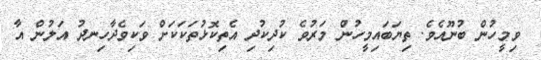
ވިމީހުން ބުނޫއެވެ. ތިޔަބައިމީހުން މަރުވެ ކުދިކުދި އެތިކޮޅުތަކަކަށް ވަކިވެދާހިނދު އަލުން އާ